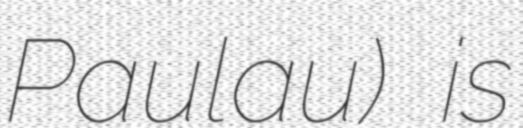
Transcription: Paulau) is